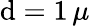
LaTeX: \mathrm{d}=1\, \mu